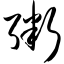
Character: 粥